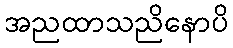
အညထာသညိနောပိ